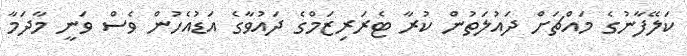
ކަލޭފާނުގެ މައްޗަށް ދައުލަތުން ކުރާ ޓެރަރިޒަމްގެ ދައުވާގެ އަޑުއެހުން ވެސް ވަނީ މާދަމާ